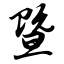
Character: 暨